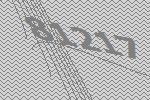
81217